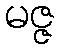
မဇ္ဇ